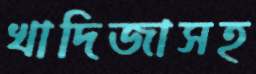
খাদিজাসহ